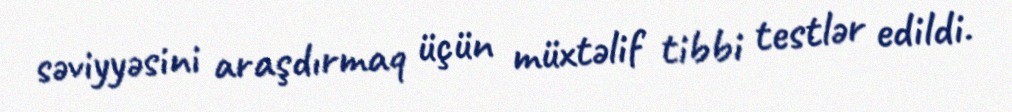
səviyyəsini araşdırmaq üçün müxtəlif tibbi testlər edildi.